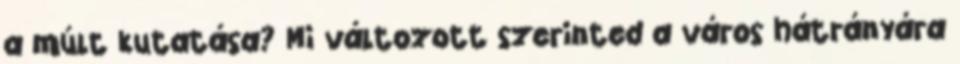
a múlt kutatása? Mi változott szerinted a város hátrányára